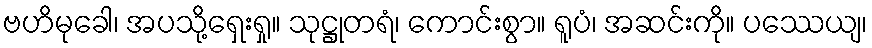
ဗဟိမုခေါ၊ အပသို့ရှေးရှု။ သုဋ္ဌုတရံ၊ ကောင်းစွာ။ ရူပံ၊ အဆင်းကို။ ပဿေယျ၊